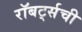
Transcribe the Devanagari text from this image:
रॉबर्ट्सची